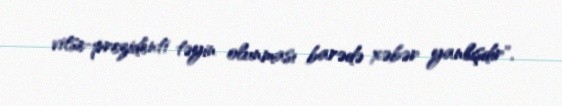
vitse-prezidenti təyin olunması barədə xəbər yanlışdır".